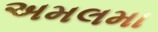
અમલમા